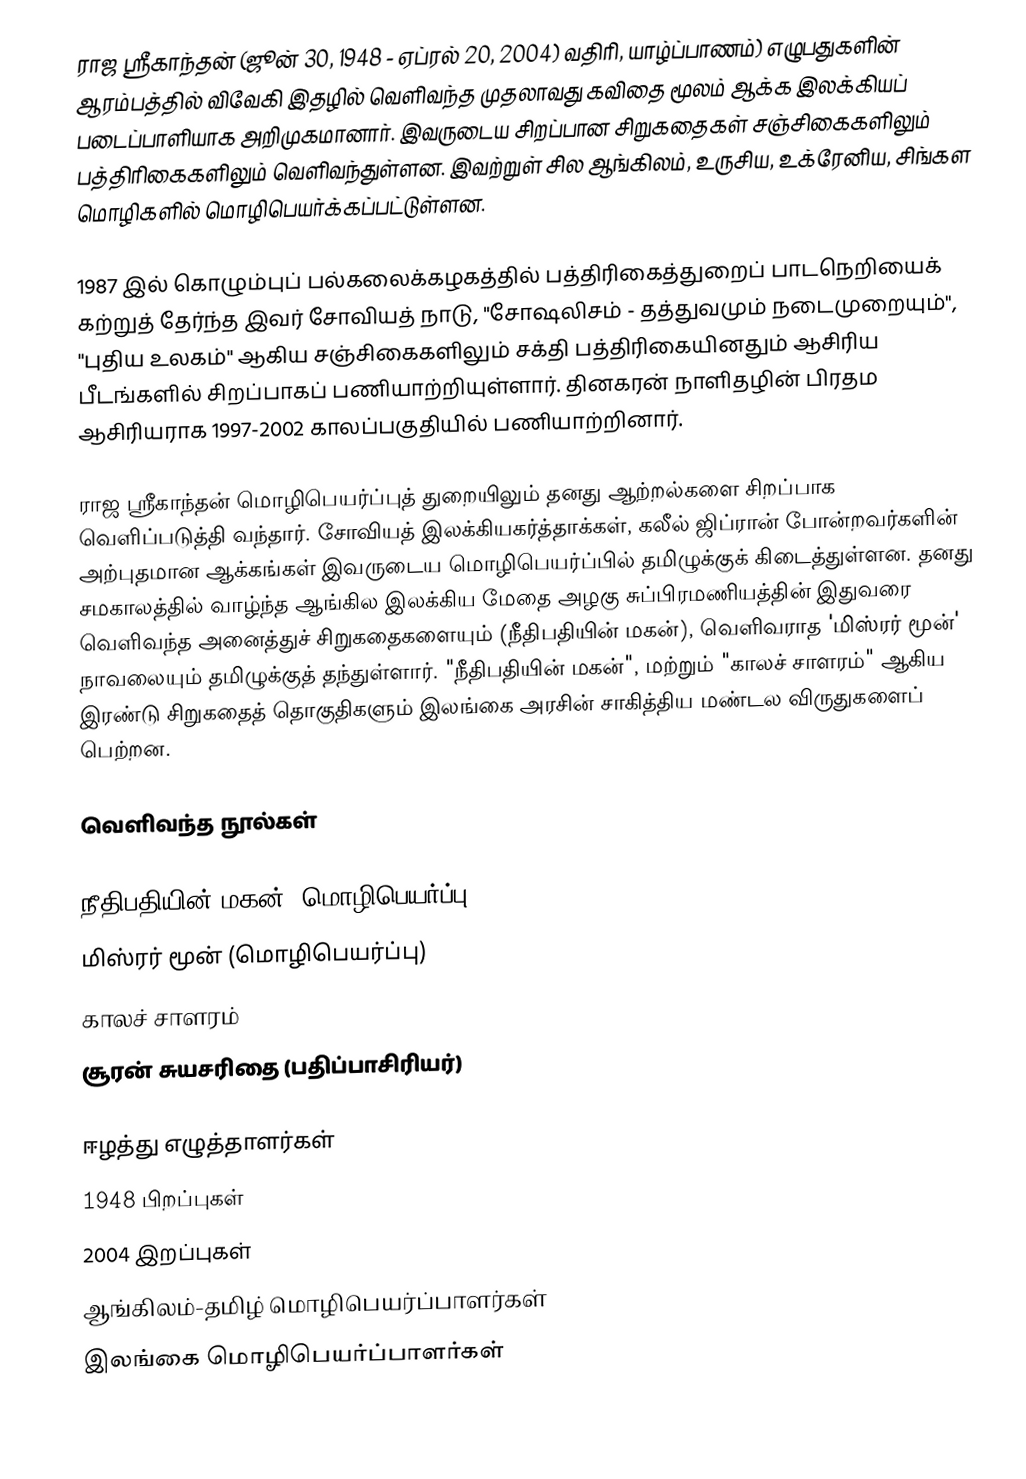
ராஜ ஸ்ரீகாந்தன் (ஜூன் 30, 1948 - ஏப்ரல் 20, 2004) வதிரி, யாழ்ப்பாணம்) எழுபதுகளின் ஆரம்பத்தில் விவேகி இதழில் வெளிவந்த முதலாவது கவிதை மூலம் ஆக்க இலக்கியப் படைப்பாளியாக அறிமுகமானார். இவருடைய சிறப்பான சிறுகதைகள் சஞ்சிகைகளிலும் பத்திரிகைகளிலும் வெளிவந்துள்ளன. இவற்றுள் சில ஆங்கிலம், உருசிய, உக்ரேனிய, சிங்கள மொழிகளில் மொழிபெயர்க்கப்பட்டுள்ளன.

1987 இல் கொழும்புப் பல்கலைக்கழகத்தில் பத்திரிகைத்துறைப் பாடநெறியைக் கற்றுத் தேர்ந்த இவர் சோவியத் நாடு, "சோஷலிசம் - தத்துவமும் நடைமுறையும்", "புதிய உலகம்" ஆகிய சஞ்சிகைகளிலும் சக்தி பத்திரிகையினதும் ஆசிரிய பீடங்களில் சிறப்பாகப் பணியாற்றியுள்ளார். தினகரன் நாளிதழின் பிரதம ஆசிரியராக 1997-2002 காலப்பகுதியில் பணியாற்றினார்.

ராஜ ஸ்ரீகாந்தன் மொழிபெயர்ப்புத் துறையிலும் தனது ஆற்றல்களை சிறப்பாக வெளிப்படுத்தி வந்தார். சோவியத் இலக்கியகர்த்தாக்கள், கலீல் ஜிப்ரான் போன்றவர்களின் அற்புதமான ஆக்கங்கள் இவருடைய மொழிபெயர்ப்பில் தமிழுக்குக் கிடைத்துள்ளன. தனது சமகாலத்தில் வாழ்ந்த ஆங்கில இலக்கிய மேதை அழகு சுப்பிரமணியத்தின் இதுவரை வெளிவந்த அனைத்துச் சிறுகதைகளையும் (நீதிபதியின் மகன்), வெளிவராத 'மிஸ்ரர் மூன்' நாவலையும் தமிழுக்குத் தந்துள்ளார். "நீதிபதியின் மகன்", மற்றும் "காலச் சாளரம்" ஆகிய இரண்டு சிறுகதைத் தொகுதிகளும் இலங்கை அரசின் சாகித்திய மண்டல விருதுகளைப் பெற்றன.

வெளிவந்த நூல்கள்

நீதிபதியின் மகன் (மொழிபெயர்ப்பு)
மிஸ்ரர் மூன் (மொழிபெயர்ப்பு)
காலச் சாளரம்
சூரன் சுயசரிதை (பதிப்பாசிரியர்)

ஈழத்து எழுத்தாளர்கள்
1948 பிறப்புகள்
2004 இறப்புகள்
ஆங்கிலம்-தமிழ் மொழிபெயர்ப்பாளர்கள்
இலங்கை மொழிபெயர்ப்பாளர்கள்